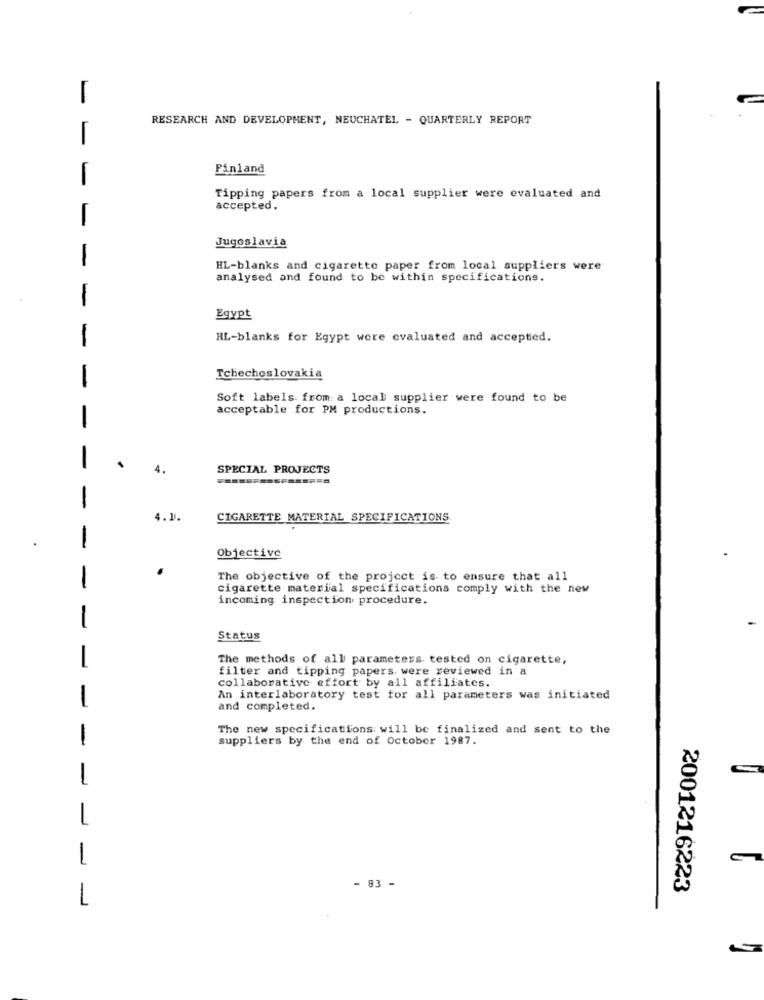
-
RESEARCH AND DEVELOPMENT, NEUCHATEL - QUARTERLY REPORT
Finland
-
Tipping papers from a local supplier were evaluated and
accepted.
Jugoslavia
1
HL-blanks and cigarette paper from local suppliers were
analysed and found to be within specifications.
-
Egypt
1
HL-blanks for Egypt were evaluated and accepted.
Tchechoslovakia
-
Soft labels. from: a local supplier were found to be
acceptable for PM productions.
-
4.
SPECIAL PROJECTS
-
4.1.
CIGARETTE MATERIAL SPECIFICATIONS
.
1
Objective
The objective of the project is to ensure that all
-
cigarette material specifications comply with the new
incoming inspection procedure.
-
Status
-
The methods of all parameters tested on cigarette,
filter and tipping papers. were reviewed in a
collaborative effort by all affiliates.
An interlaboratory test for all parameters was initiated
-
and completed.
The new specifications: will be finalized and sent to the
1
suppliers by the end of October 1987.
1
-
1
- 83 -
2001216223
1